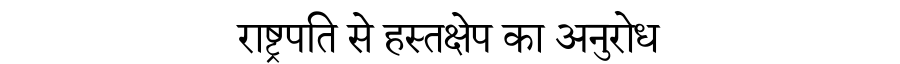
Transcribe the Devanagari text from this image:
राष्ट्रपति से हस्तक्षेप का अनुरोध